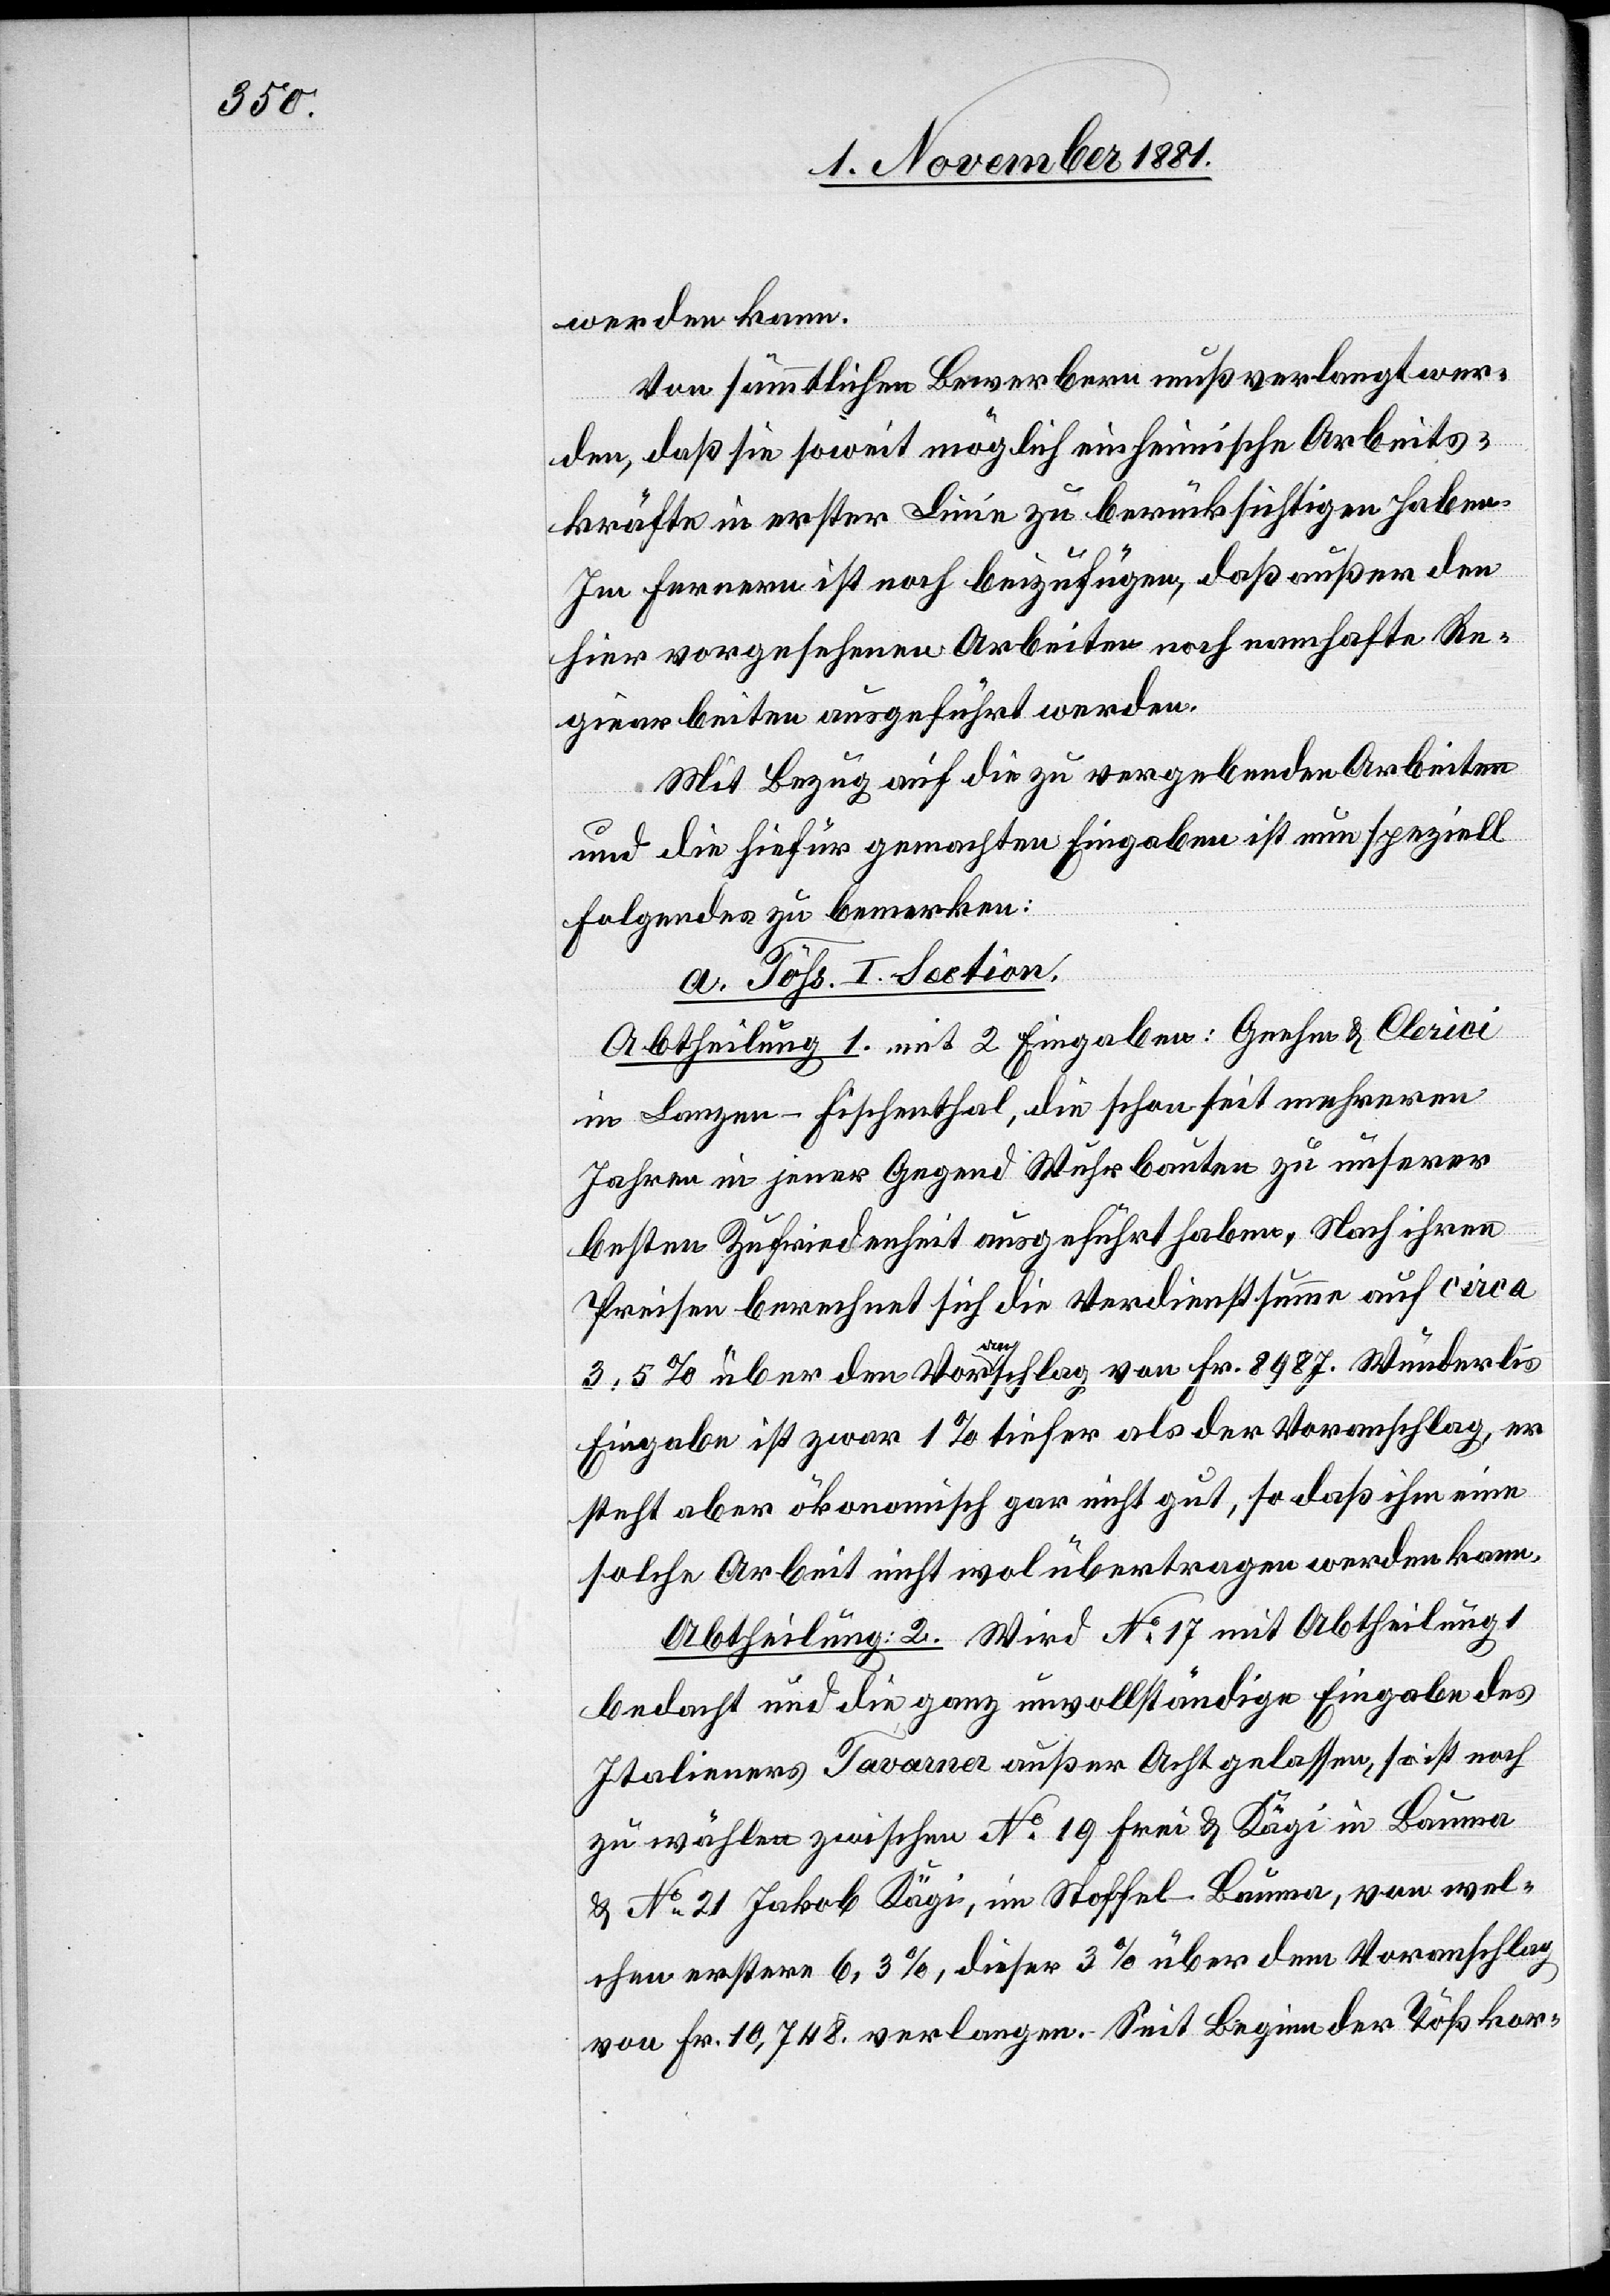
werden kann.
Von sämmtlichen Bewerbern muß verlangt wer¬
den, daß sie soweit möglich einheimische Arbeits¬
kräfte in erster Linie zu berücksichtigen haben.
Im Fernern ist noch beizufügen, daß außer den
hier vorgesehenen Arbeiten noch namhafte Re¬
giearbeiten ausgeführt werden.
Mit Bezug auf die zu vergebenden Arbeiten
und die hiefür gemachten Eingaben ist nun speziell
Folgendes zu bemerken:
a. Töss. I. Section.
Abtheilung 1. mit 2 Eingaben: Gnehm & Clerici
in Lanzen - Fischenthal, die schon seit mehreren
Jahren in jener Gegend Wuhrbauten zu unserer
besten Zufriedenheit ausgeführt haben: Nach ihren
Preisen berechnet sich die Verdienstsumme auf circa
3,5% über den Voranschlag von Fr. 8987. Wunderlis
Eingabe ist zwar 1% tiefer als der Voranschlag, er
steht aber ökonomisch gar nicht gut, so daß ihm eine
solche Arbeit nicht wol übertragen werden kann.
Abtheilung: 2. Wird No 17 mit Abtheilung 1
bedacht und die ganz unvollständige Eingabe des
Italieners Tavarner außer Acht gelassen, so ist noch
zu wählen zwischen No 19 Frei & Kägi in Bauma
& No 21 Jakob Kägi, im Stoffel - Bauma, von wel¬
chen erstere 6,3%, dieser 3% über dem Voranschlag
von Fr. 10,748. verlangen. Seit Beginn der Tößkor-